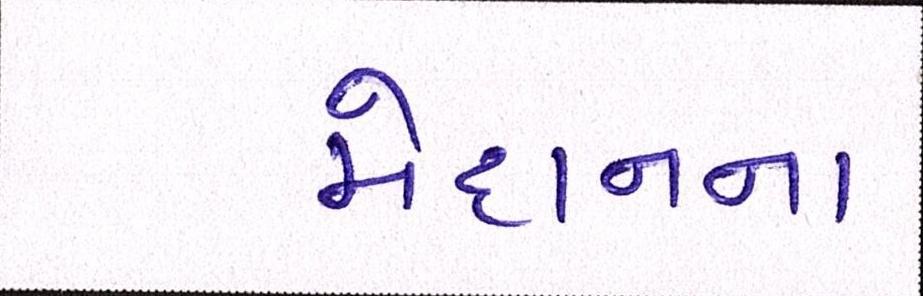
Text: મેદાનના